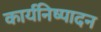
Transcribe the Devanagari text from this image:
कार्यनिष्‍पादन